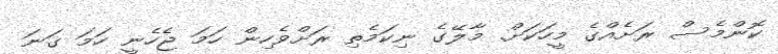
ކޮންމެސް ރަށެއްގެ މީހަކަށް. މާލޭގެ ނިކަމެތި ރަށްވެހިން ހަމަ ޖެހެނީ ހަމަ ގަނަ